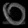
Digit: ၀